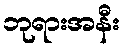
ဘုရားအနီး